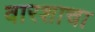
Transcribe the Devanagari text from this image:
वारशाचा